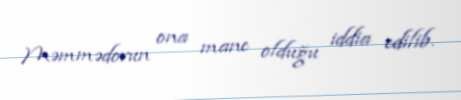
Məmmədovun ona mane olduğu iddia edilib.